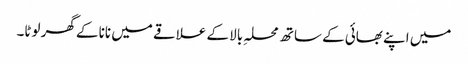
میں اپنے بھائی کے ساتھ محلہِ بالا کے علاقے میں نانا کے گھر لوٹا۔